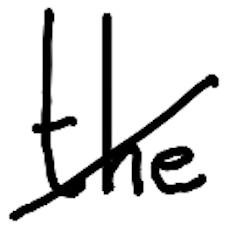
Text: the
Cross-out: diagonal
Writing tool: digital_black